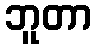
ဘူတာ